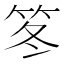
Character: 笗